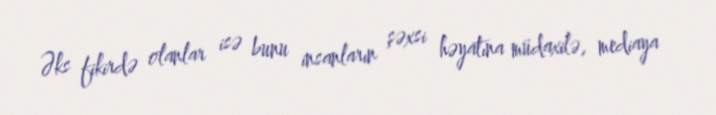
Əks fikirdə olanlar isə bunu insanların şəxsi həyatına müdaxilə, mediaya